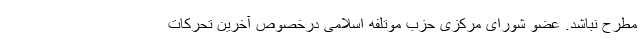
مطرح نباشد. عضو شورای مرکزی حزب موتلفه اسلامی درخصوص آخرین تحرکات